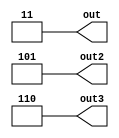
module hier_tuple (
  output [1:0] out,
  output [2:0] out2,
  output [2:0] out3
);

assign out  = 2'd3;
assign out2 = 3'd5;
assign out3 = 3'd6;

endmodule